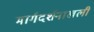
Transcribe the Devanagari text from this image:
मार्गदर्शनाखली